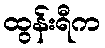
ထွန်းရီက